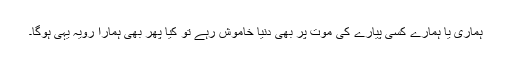
ہماری یا ہمارے کسی پیارے کی موت پر بھی دنیا خاموش رہے تو کیا پھر بھی ہمارا رویہ یہی ہوگا۔